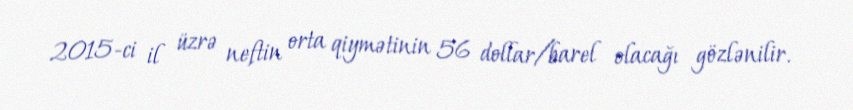
2015-ci il üzrə neftin orta qiymətinin 56 dollar/barel olacağı gözlənilir.